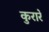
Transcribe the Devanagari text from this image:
कुरारे